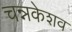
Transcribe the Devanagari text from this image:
चन्नकेशव